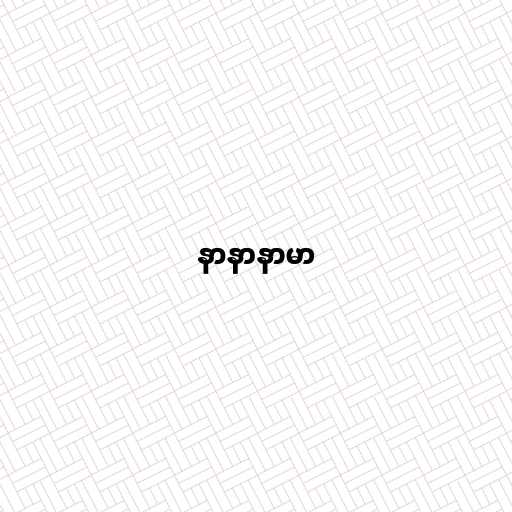
နာနာနာမာ